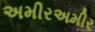
અમીરઅમીર